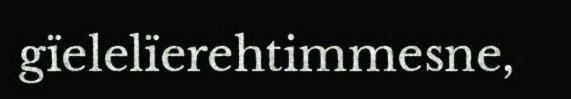
gïelelïerehtimmesne,